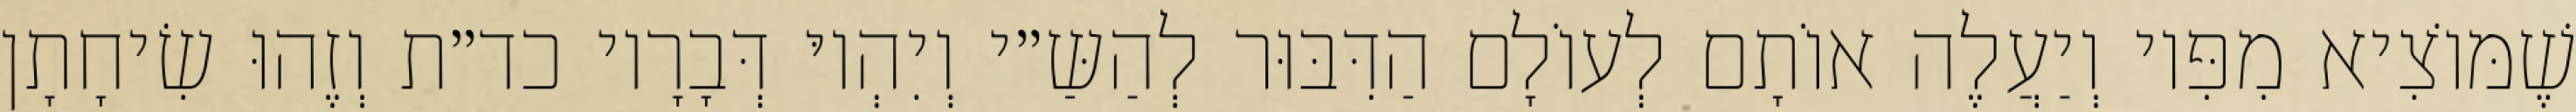
שֶׁמּוֹצִיא מִפִּיו וְיַעֲלֶה אוֹתָם לְעוֹלָם הַדִּבּוּר לְהַשַּ״י וְיִהְיוּ דְּבָרָיו כד״ת וְזֶהוּ שִׂיחָתָן